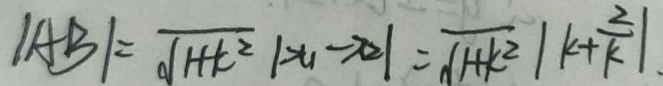
\vert A B \vert = \sqrt { H k ^ { 2 } } \vert x _ { 1 } - x _ { 2 } \vert = \sqrt { H k ^ { 2 } } \vert k + \frac { 2 } { k } \vert .